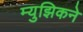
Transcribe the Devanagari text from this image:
म्युझिकने